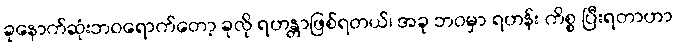
ခုနောက်ဆုံးဘဝရောက်တော့ ခုလို ရဟန္တာဖြစ်ရတယ်၊ အခု ဘဝမှာ ရဟန်း ကိစ္စ ပြီးရတာဟာ